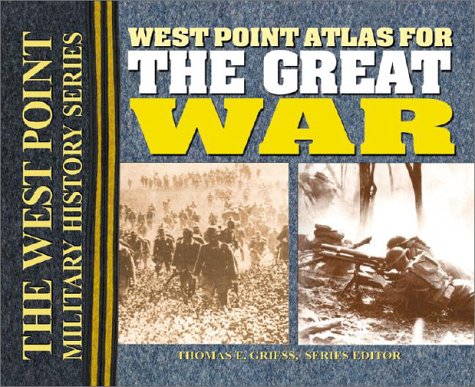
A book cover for West Point Atlas for the Great War: Strategies and Tactics Of The First World War (The West Point Military History Series); History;